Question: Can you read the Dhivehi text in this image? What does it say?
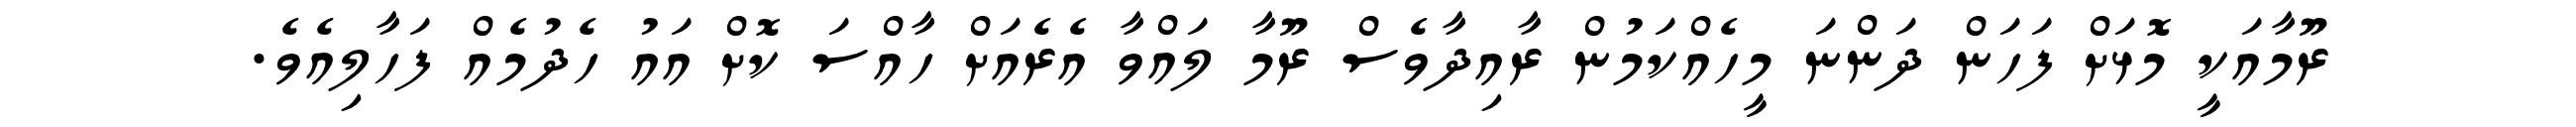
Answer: ރޫމާއަކީ މޮޅަށް ފަހަން ދަންނަ މީހެއްކަމުން ރާއިދާވެސް ރޫމާ ލައްވާ އެރެއަށް ހާއްސަ ކޮށް އައު ހެދުމެއް ފަހާލިއެވެ.